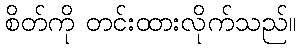
စိတ်ကို တင်းထားလိုက်သည်။